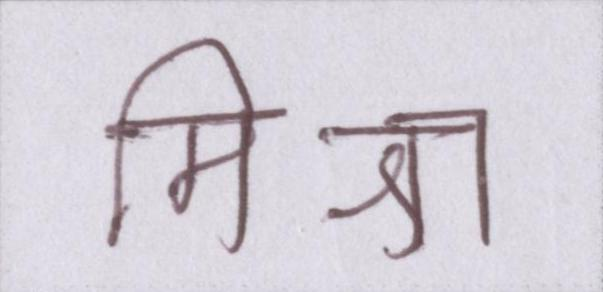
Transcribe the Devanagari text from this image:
मिश्रा